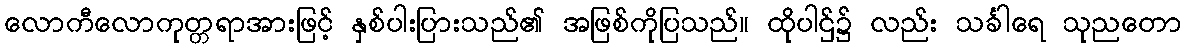
လောကီလောကုတ္တရာအားဖြင့် နှစ်ပါးပြားသည်၏ အဖြစ်ကိုပြသည်။ ထိုပါဌ်၌ လည်း သင်္ခါရေ သုညတော